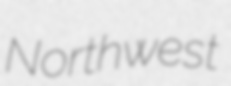
Northwest